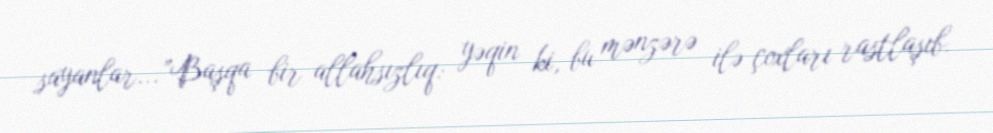
sayanlar...”Başqa bir allahsızlıq: yəqin ki, bu mənzərə ilə çoxları rastlaşıb.